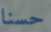
حسنا